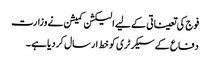
فوج کی تعیناتی کے لیے الیکشن کمیشن نے وزارت
دفاع کے سیکرٹری کو خط ارسال کردیا ہے ۔